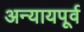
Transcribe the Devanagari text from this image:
अन्यायपूर्व